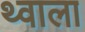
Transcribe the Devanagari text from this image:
थ्वाला